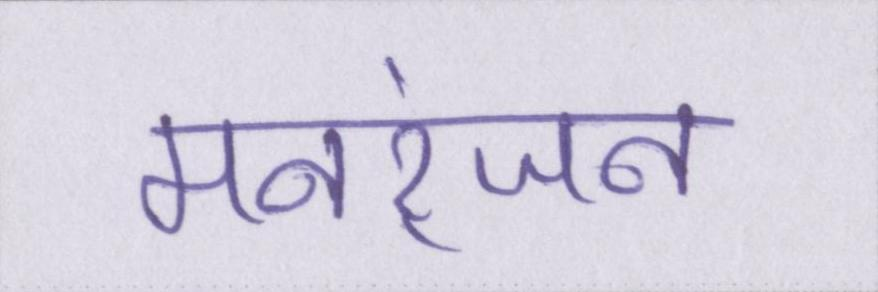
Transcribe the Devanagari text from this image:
मनरंजन